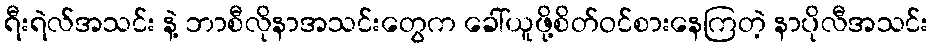
ရီးရဲလ်အသင်း နဲ့ ဘာစီလိုနာအသင်းတွေက ခေါ်ယူဖို့စိတ်ဝင်စားနေကြတဲ့ နာပိုလီအသင်း